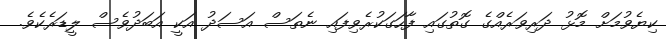
ކިޔެވުމަށް މޮޅު ދަރިވަރެއްގެ ގޮތުގައި ފާހަގަކުރެވިފައި ނެތަސް އަސަދު އަކީ އަބަދުވެސް ލީޑަރެކެވެ.